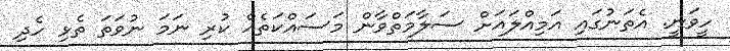
ހީވަނީ. އެތަނުގައި އަމިއްލައަށް ސަލާމަތްވާން މަސައްކަތެއް ކުރި ނަމަ ނުވަތަ ތެޅި ހެދި